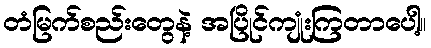
တံမြက်စည်းတွေနဲ့ အပြိုင်ကျုံးကြတာပေါ့။